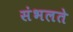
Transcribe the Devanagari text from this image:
संभलते